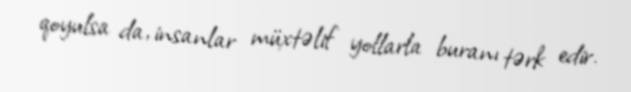
qoyulsa da, insanlar müxtəlif yollarla buranı tərk edir.